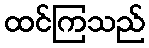
ထင်ကြသည်